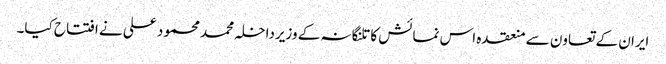
ایران کے تعاون سے منعقدہ اس نمائش کا تلنگانہ کے وزیرداخلہ محمد محمود علی نے افتتاح کیا۔